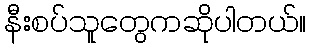
နီးစပ်သူတွေကဆိုပါတယ်။